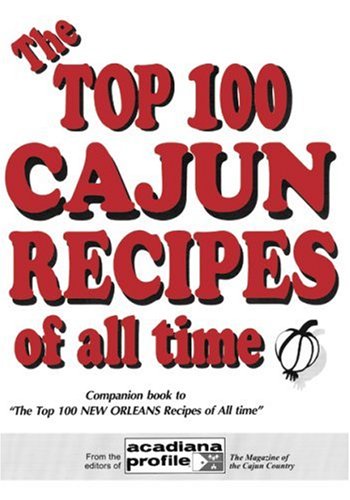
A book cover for The Top 100 Cajun Recipes of All Time; Trent Angers; Cookbooks, Food & Wine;